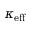
\kappa _ { \mathrm { e f f } }